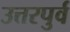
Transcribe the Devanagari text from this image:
उत्तरपुर्व